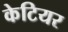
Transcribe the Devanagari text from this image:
केटियर